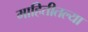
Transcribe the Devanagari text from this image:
माहितीतल्या